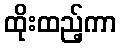
ထိုးထည့်ကာ